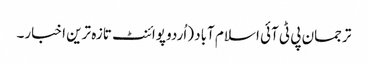
ترجمان پی ٹی آئی اسلام آباد (اُردو پوائنٹ تازہ ترین اخبار۔